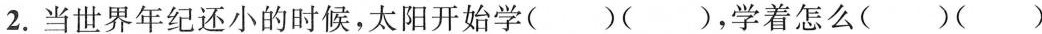
2.当世界年纪还小的时候，太阳开始学()()，学着怎么()()